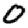
Digit: 0